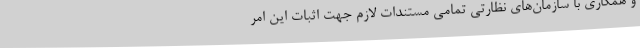
و همکاری با سازمان‌های نظارتی تمامی مستندات لازم جهت اثبات این امر